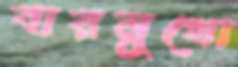
বারমুখো